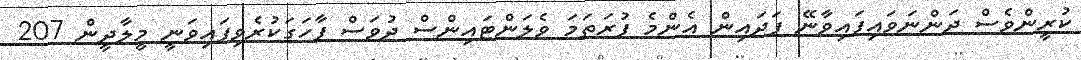
ކުރީންވެސް ދަންނަވައިފައިވާނޭ ފަދައިން އެންމެ ފުރަތަމަ ވެލަންޓައިންސް ދުވަސް ފާހަގަކުރެވިފައިވަނީ މީލާދީން 207